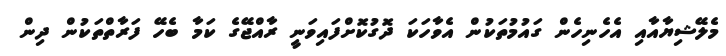
މެލޭޝިޔާއާއި އެހެނިހެން ގައުމުތަކުން އެވާހަކަ ދޮގުކޮށްފައިވަނީ ރާއްޖޭގެ ކަމާ ބެހޭ ފަރާތްތަކުން ދިން